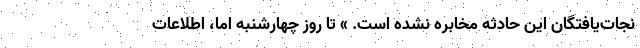
نجات‌يافتگان اين حادثه مخابره نشده است. » تا روز چهارشنبه اما، اطلاعات